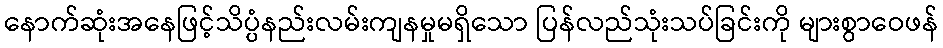
နောက်ဆုံးအနေဖြင့်သိပ္ပံနည်းလမ်းကျနမှုမရှိသော ပြန်လည်သုံးသပ်ခြင်းကို များစွာဝေဖန်